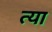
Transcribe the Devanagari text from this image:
त्या